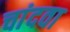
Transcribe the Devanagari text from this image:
चांदवा